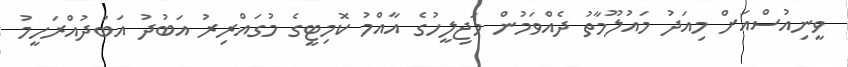
ވީނިއުސްއަށް މިއަދު މައުލޫމާތު ދެއްވަމުން މަޖިލީހުގެ އާއްމު ކޮމިޓީގެ މުގައްރިރު އަބުދު އަބުދުއްރަހީމު